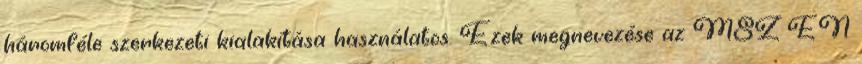
háromféle szerkezeti kialakítása használatos. Ezek megnevezése az MSZ EN